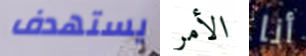
يستهدف الأمر أنا